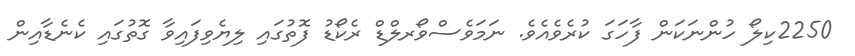
2250ކިލޯ ހުންނަކަން ފާހަގަ ކުރެވެއެވެ. ނަމަވެސްވޯރލްޑް ރެކޯޑު ފޮތުގައި ލިޔެވިފައިވާ ގޮތުގައި ކެނެޑާއިން